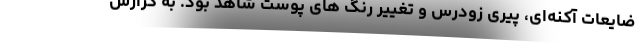
ضایعات آکنه‌ای، پیری زودرس و تغییر رنگ های پوست شاهد بود. به گزارش